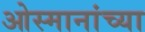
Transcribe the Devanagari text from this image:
ओस्मानांच्या